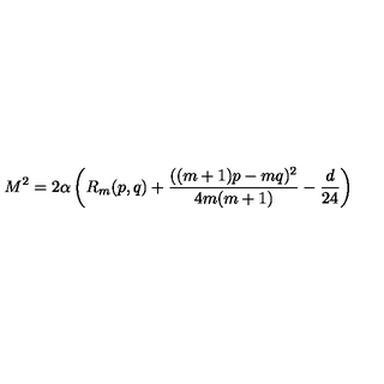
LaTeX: M ^ { 2 } = 2 \alpha \left( R _ { m } ( p , q ) + { \frac { ( ( m + 1 ) p - m q ) ^ { 2 } } { 4 m ( m + 1 ) } } - { \frac { d } { 2 4 } } \right)